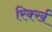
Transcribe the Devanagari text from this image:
रिर्क्ख